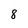
Character: 8